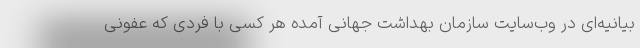
بیانیه‌ای در وب‌سایت سازمان بهداشت جهانی آمده هر کسی با فردی که عفونی